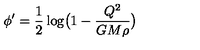
\phi ^ { \prime } = \frac { 1 } { 2 } \log \bigl ( 1 - \frac { Q ^ { 2 } } { G M \rho } \bigr )